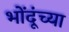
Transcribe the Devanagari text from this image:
भोंदूंच्या